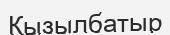
Қызылбатыр